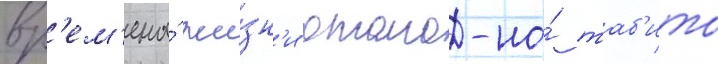
вр'ем'ена́ жи́зн'и отомо-но́ таб'ито